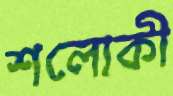
শলোকী